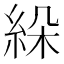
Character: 𦀉